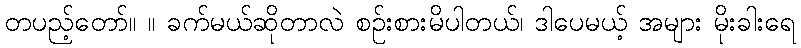
တပည့်တော်။ ။ ခက်မယ်ဆိုတာလဲ စဉ်းစားမိပါတယ်၊ ဒါပေမယ့် အများ မိုးခါးရေ